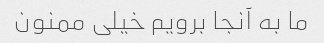
ما به آنجا برویم خیلی ممنون